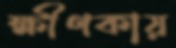
ক্ষীণকায়